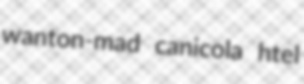
wanton-mad canicola htel